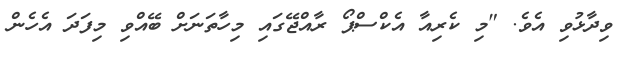
ވިދާޅުވި އެވެ. "މި ކެރިއާ އެކްސްޕޯ ރާއްޖޭގައި މިހާތަނަށް ބޭއްވި މިފަދަ އެހެން